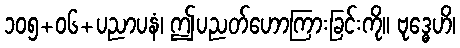
၁၀၅+၀၆+ပညာပနံ၊ ဤပညတ်ဟောကြားခြင်းကို။ ဗုဒ္ဓေဟိ၊